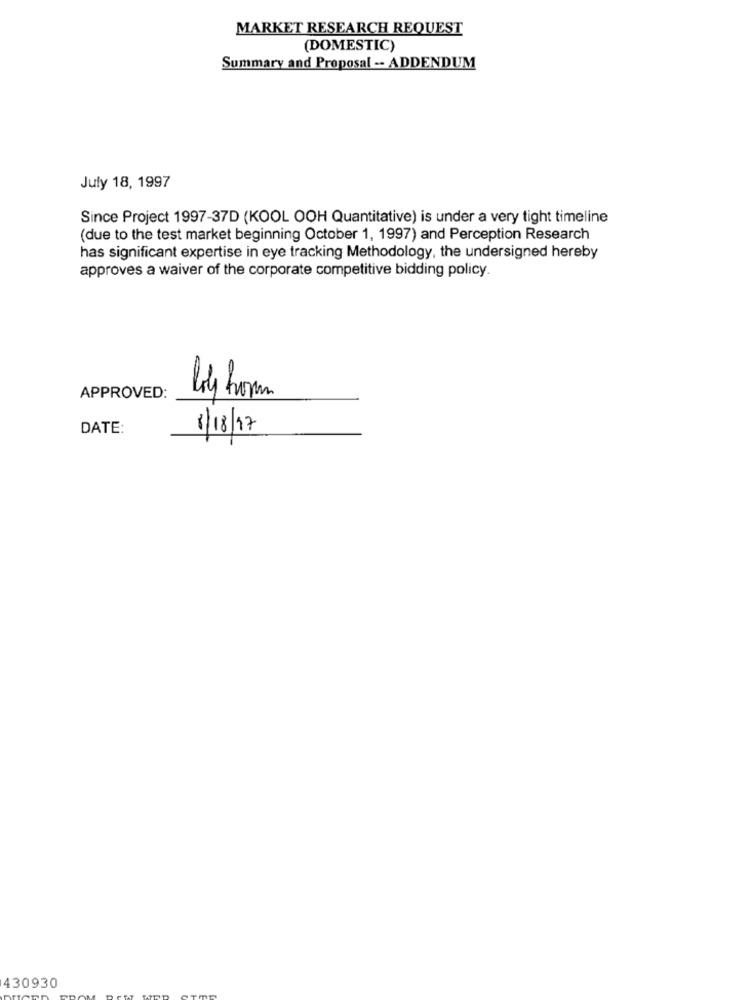
MARKET RESEARCH REQUEST
(DOMESTIC)
Summary and Proposal -- ADDENDUM
July 18, 1997
Since Project 1997-37D (KOOL OOH Quantitative) is under a very tight timeline
(due to the test market beginning October 1, 1997) and Perception Research
has significant expertise in eye tracking Methodology, the undersigned hereby
approves a waiver of the corporate competitive bidding policy.
APPROVED:
DATE
1/18/17
430930